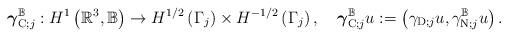
LaTeX: \begin{align*}\mbox{\boldmath$ \gamma$}_{\operatorname*{C};j}^{\mathbb{B}}:H^{1}\left( \mathbb{R}^{3},\mathbb{B}\right) \rightarrow H^{1/2}\left( \Gamma_{j}\right) \times H^{-1/2}\left(\Gamma_{j}\right) ,\quad\mbox{\boldmath$ \gamma$}_{\operatorname*{C};j}^{\mathbb{B}}u:=\left( \gamma_{\operatorname*{D};j}u,\gamma_{\operatorname*{N};j}^{\mathbb{B}}u\right) . \end{align*}